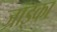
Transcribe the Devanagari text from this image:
ज्राइका